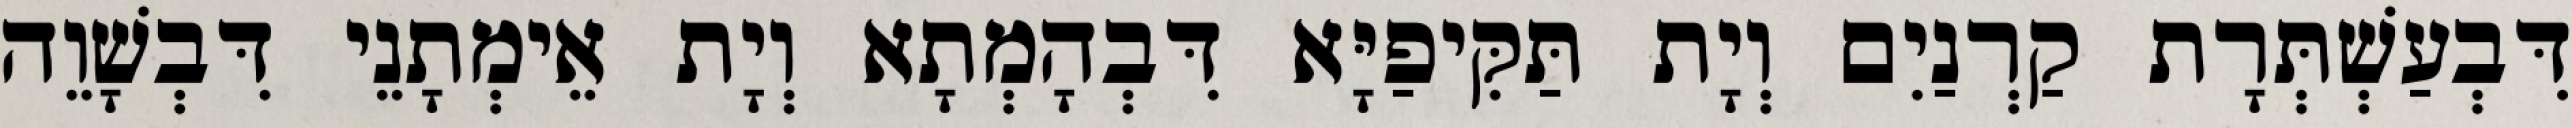
דִּבְעַשְׁתְּרָת קַרְנַיִם וְיָת תַּקִּיפַיָּא דִּבְהָמְתָא וְיָת אֵימְתָנֵי דִּבְשָׁוֵה